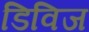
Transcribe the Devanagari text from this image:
डिविज